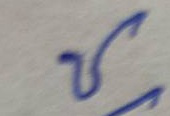
ช